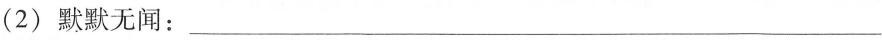
(2)默默无闻：___